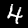
Digit: 4